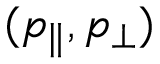
( p _ { \parallel } , p _ { \perp } )